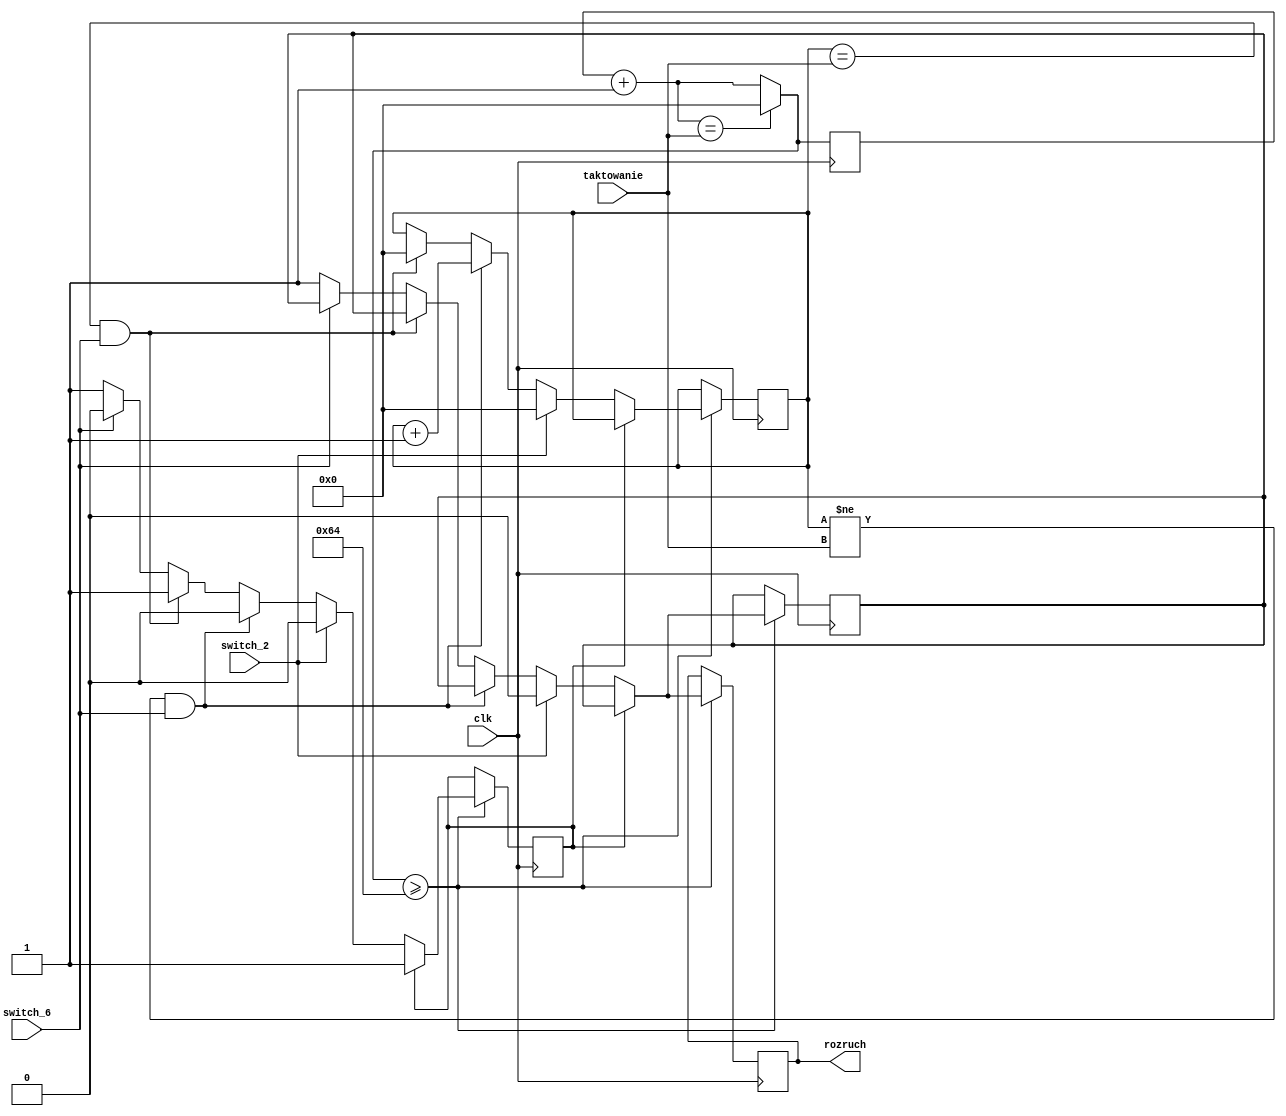
module rozrusznik(
	input clk,
	input switch_2,
	input switch_6,
	input [31:0] taktowanie,
	output reg rozruch
    );
	
	wire sygnal_switcha_rozruchu;
	wire sygnal_switcha_obrotow;
	
	reg [31:0] licznik = 0;
	reg [31:0] licznik_startu = 0;
	reg sygnal_rozruchu = 0;
	reg automatyczne_zatrzymanie_rozruchu = 0;
	
	
	assign sygnal_switcha_rozruchu = switch_2;
	assign sygnal_switcha_obrotow = switch_6;
	

	always @(posedge clk) begin
		licznik_startu = licznik_startu + 1;
		if (licznik_startu == taktowanie) begin
			licznik_startu = 0;
		end
		if (licznik_startu >= 100) begin
			if (automatyczne_zatrzymanie_rozruchu == 0) begin
				if (sygnal_switcha_rozruchu == 0) begin
					if (licznik != taktowanie && sygnal_switcha_obrotow == 1) begin
						licznik <= licznik + 1;
					end
					else if (licznik == taktowanie && sygnal_switcha_obrotow == 1) begin
						licznik <= 0;
						automatyczne_zatrzymanie_rozruchu <= 1;
					end
					else if (sygnal_switcha_obrotow == 0) begin
						sygnal_rozruchu = 1;
						automatyczne_zatrzymanie_rozruchu <= 1;
					end
				end
				else if (sygnal_switcha_rozruchu == 1) begin
						licznik <= 0;
						sygnal_rozruchu = 0;
				end
			end
			rozruch = sygnal_rozruchu;
		end
	end
endmodule